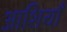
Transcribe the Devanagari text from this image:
आशियाँ